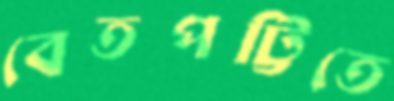
বেতপট্টিতে